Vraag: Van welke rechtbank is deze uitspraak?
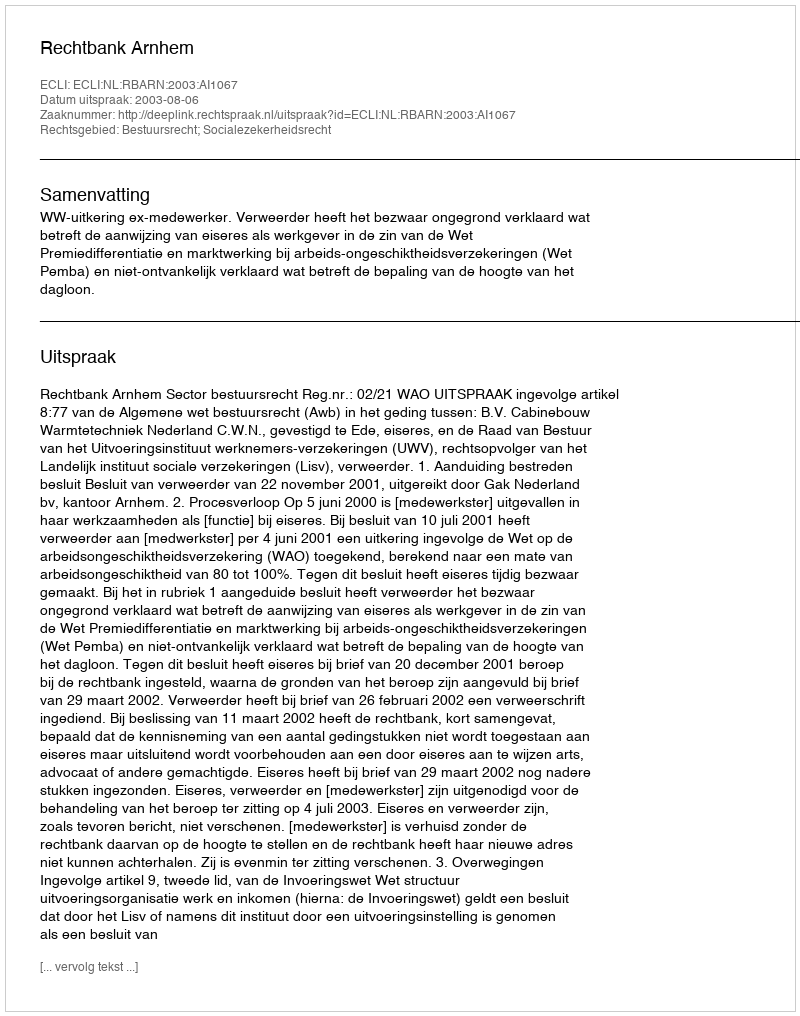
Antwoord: Rechtbank Arnhem